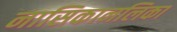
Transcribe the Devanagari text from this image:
नासिकानलिका